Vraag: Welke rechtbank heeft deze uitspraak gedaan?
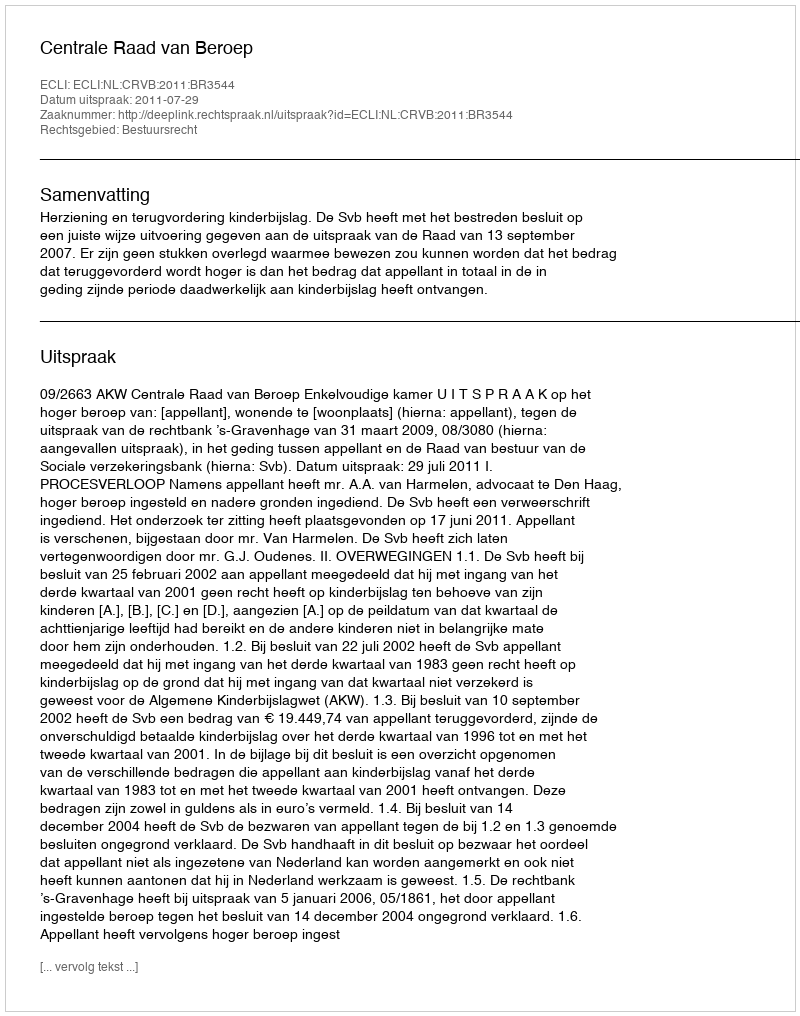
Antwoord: Centrale Raad van Beroep